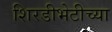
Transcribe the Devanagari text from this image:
शिरडीभेटीच्या